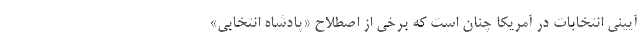
آیینی انتخابات در آمریکا چنان است که برخی از اصطلاح «پادشاه انتخابی»